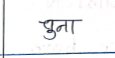
मजकूर: चुना